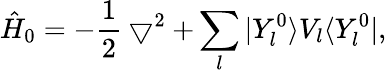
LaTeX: \hat{H}_{0}=-\frac{1}{2}\bigtriangledown^{2}+\sum_{l}|Y_{l}^{0}\rangle V_{l}\langle Y_{l}^{0}|,